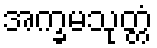
အက္ခမသုတ္တံ